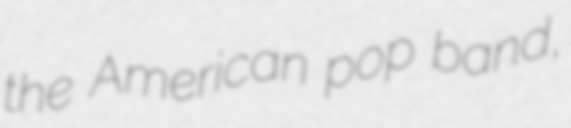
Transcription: the American pop band,